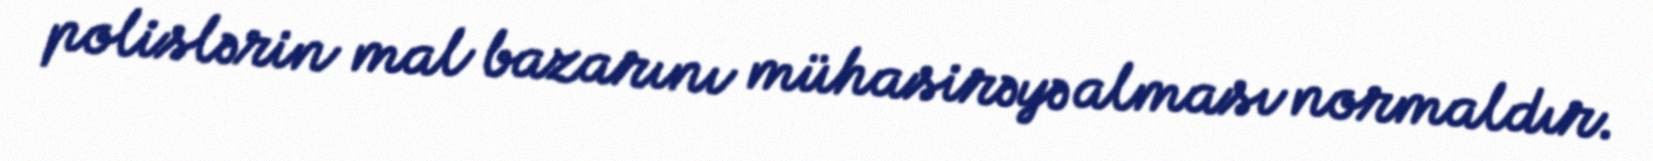
polislərin mal bazarını mühasirəyə alması normaldır.